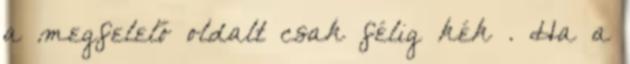
a megfelelő oldalt csak félig kék . Ha a